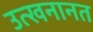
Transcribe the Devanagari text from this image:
उत्खनानत